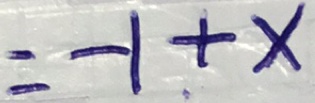
= - 1 + x